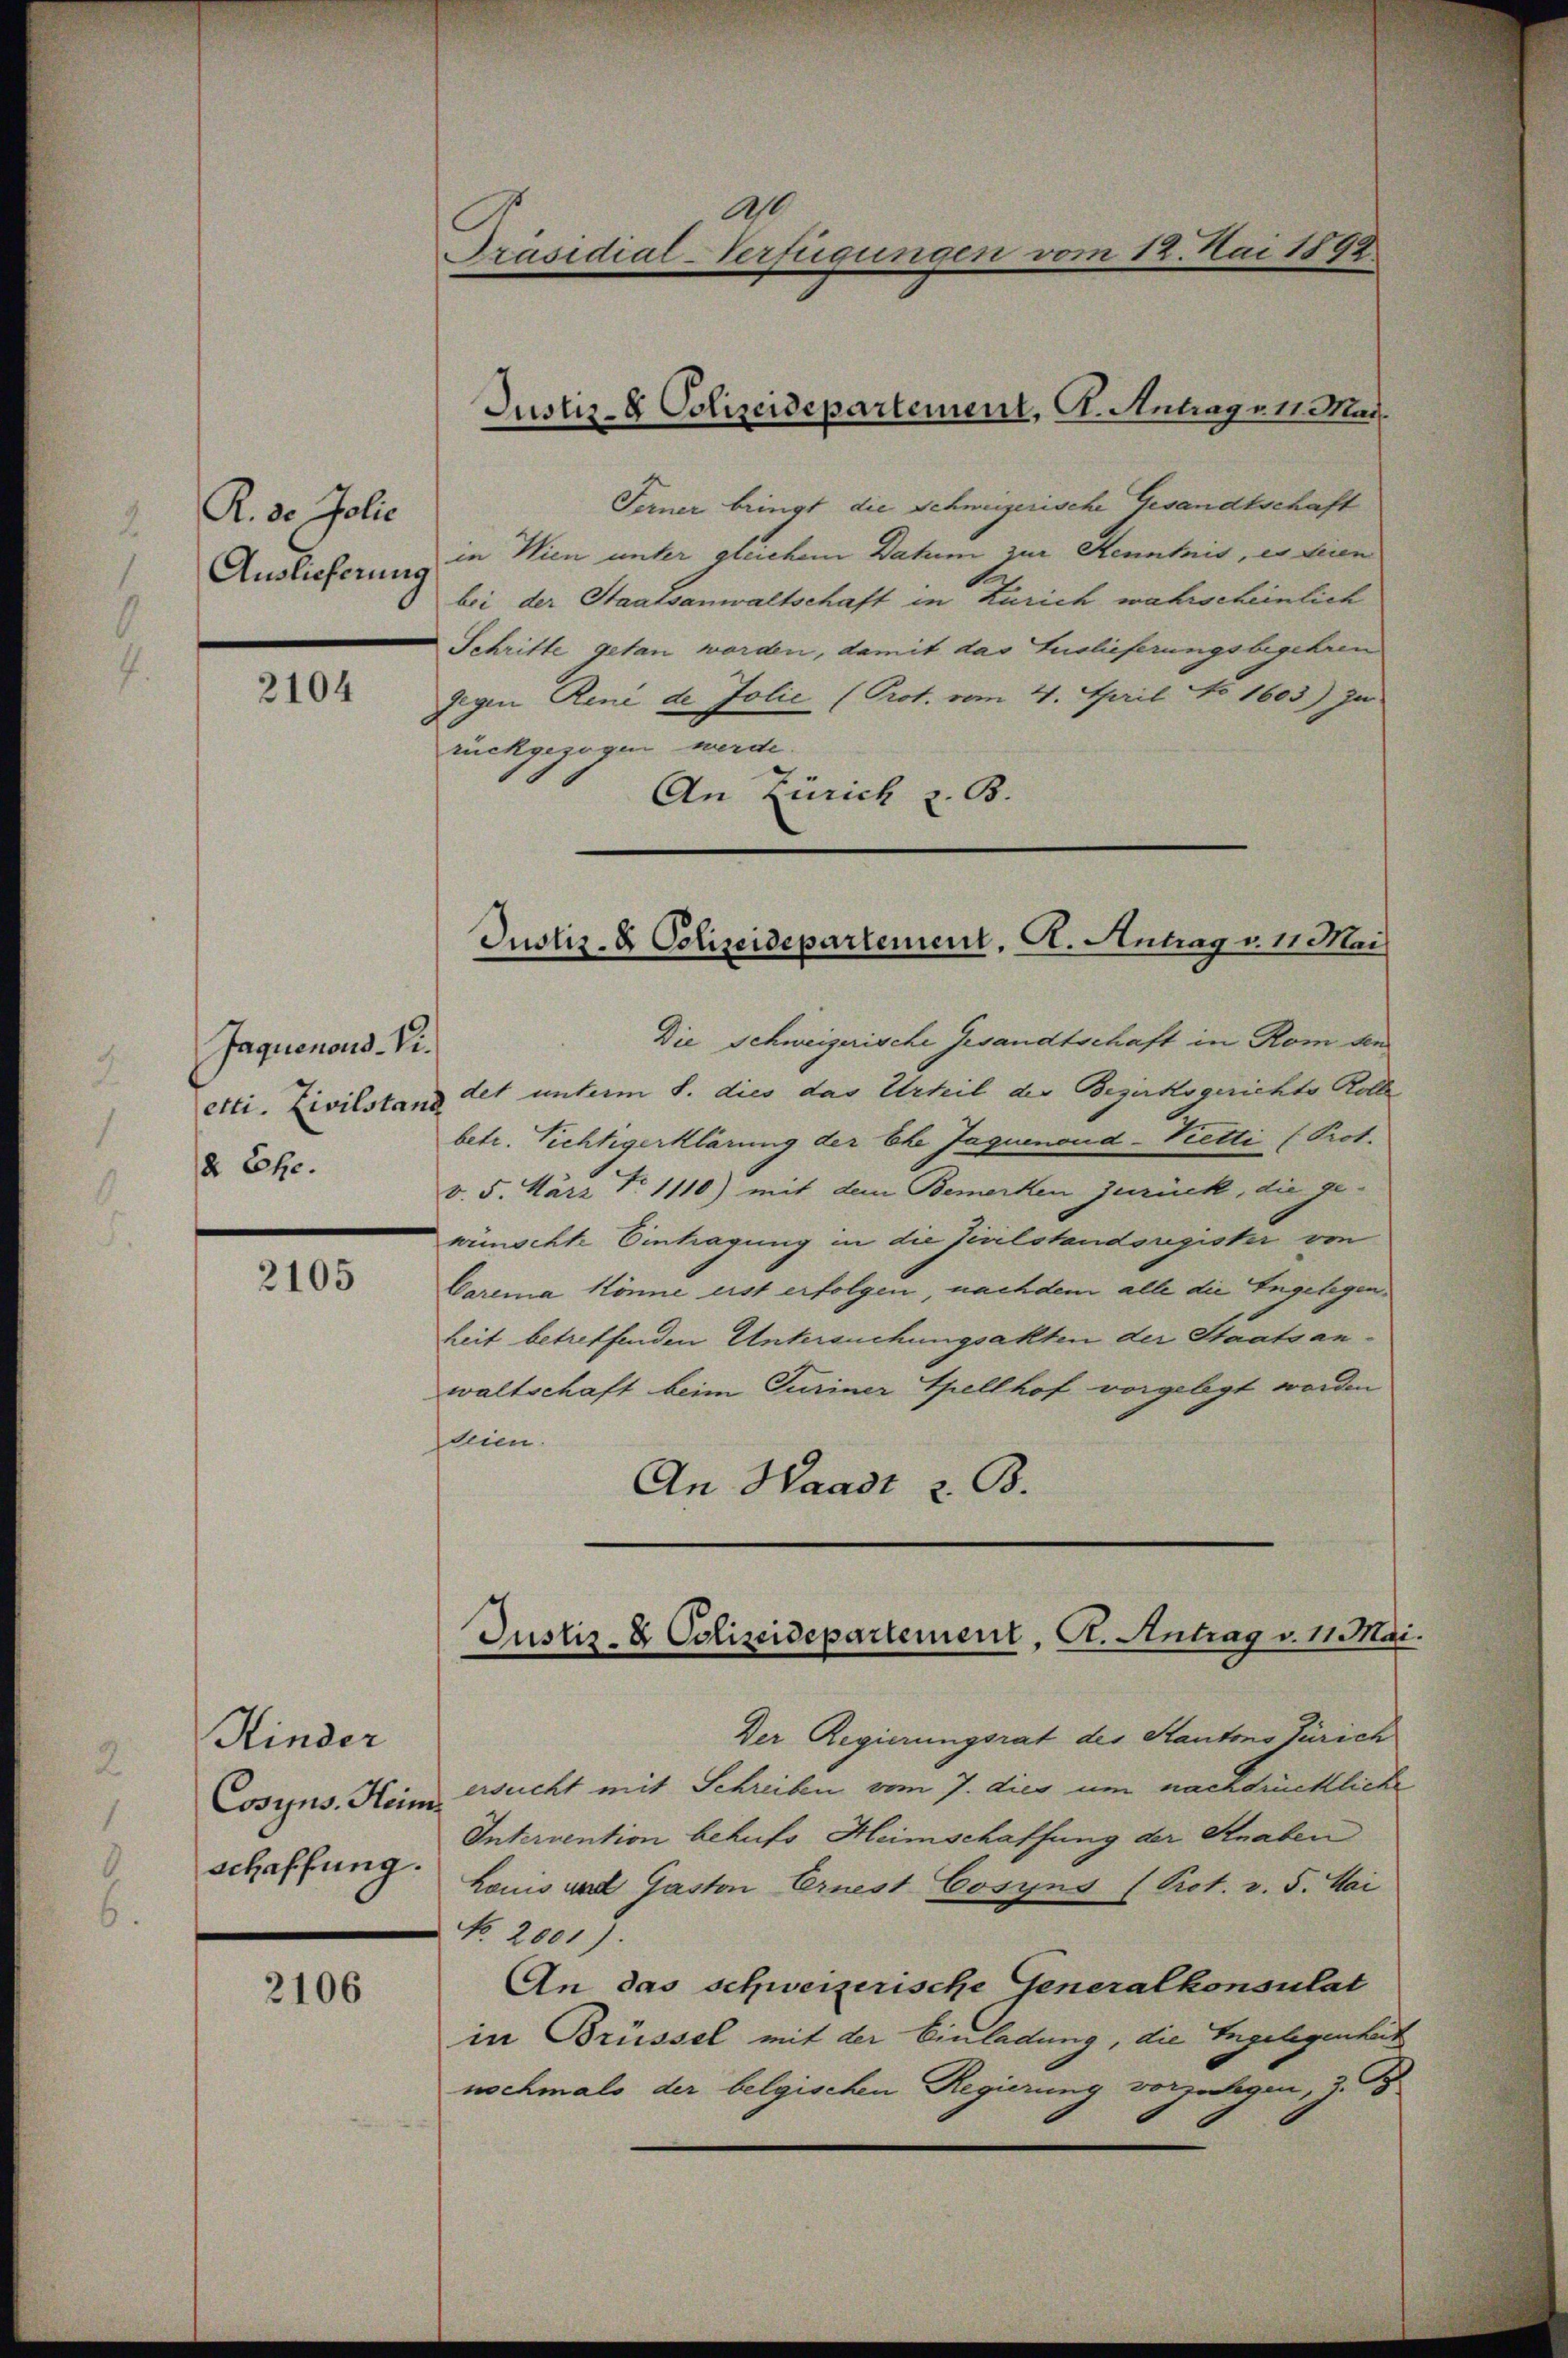
R. 30 Jolie
Auslieferung

2104

Jaquenous-Vietti. Zivilstand
2 Ehe.

2105

Kinder
Cosyns. Heim
schaffung.

2106

Ferner bringt die Schweizerische Gesandtschaft
in Wien unter greichem Datum zur Kenntnis, es seien
bei der Staatsanwaltschaft in Zürich wahrscheinlich
Schritte getan worden, damit das Auslieferungsbegehren
gegen René de Jolie (Prot. vom 4. April No 1603) In
rückgezogen werde.
An Zürich z. B.

ast
Präsidial-Verfügungen vom 12. Mai 1892

Justiz- & Polizeidepartement, I. Antrage 11 Mai.

Justiz- & Polizeidepartement, A. Antrag v. 11 Mai

Die Schweizerische Gesandtschaft in Rom den
det unterm 8. dies das Urteil der Bezirksgerichte Rolle
betr. Vichtigerklärung der Ehe Jaquenoud-Vetti (Prot.
v. 5. März No. 1110) mit dem Bemerken zuruck, die gewünschte Eintragung in die Zivilstandsregister von
Caremia könne erst erfolgen, nachdem alle die Engelegenheit betreffenden Untersuchungsakten der Staatsanwaltschaft beim Turiner Spellhof vorgelegt worden
deien.
An Waadt z. B.

Justiz- & Polizeidepartement, A. Antrag v. 11 Mai.

Der Regierungsrat des Kantons Zürich
ersucht mit Schreiben vom 7. dies um nachdrückliche
Intervention behufs Heimschaffung der Straben
Louis und Gaston Ernest Cosyns (Pict. v. 5. Mai
No. 2001).
An das schweizerische Generalkonsulat
in Brüssel mit der Einladung, die Engelegenheit
wochmals der belgischen Regierung vorzulegen, z.